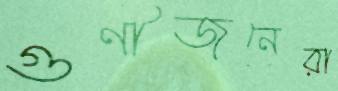
গুণীজনেরা